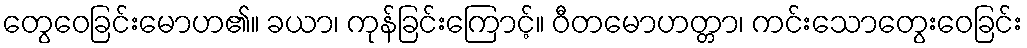
တွေဝေခြင်းမောဟ၏။ ခယာ၊ ကုန်ခြင်းကြောင့်။ ဝီတမောဟတ္တာ၊ ကင်းသောတွေးဝေခြင်း